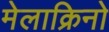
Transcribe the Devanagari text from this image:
मेलाक्रिनो